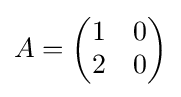
A={\begin{pmatrix}1&0\\2&0\end{pmatrix}}